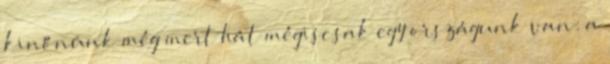
kinőnünk még mert hát mégiscsak egy országunk van: a